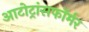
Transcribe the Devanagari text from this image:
आटोट्रांसफॉर्मर